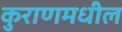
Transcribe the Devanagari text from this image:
कुराणमधील